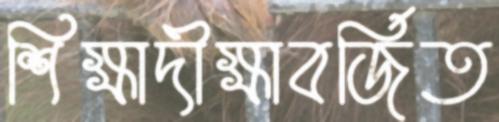
শিক্ষাদীক্ষাবর্জিত